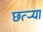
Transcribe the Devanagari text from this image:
छत्र्‍या